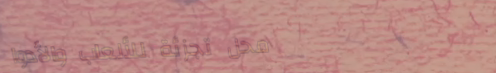
محل تجزئة للألعاب والأدوا